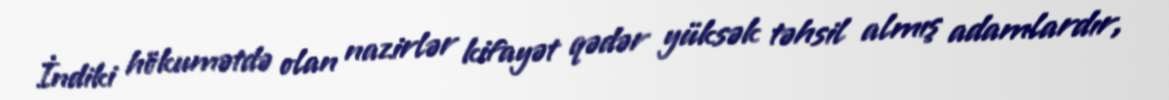
İndiki hökumətdə olan nazirlər kifayət qədər yüksək təhsil almış adamlardır,